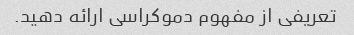
تعریفی از مفهوم دموکراسی ارائه دهید.